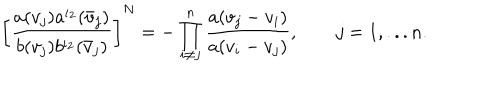
\left[ \frac { a ( v _ { j } ) a ^ { \iota _ { 2 } } ( \bar { v } _ { j } ) } { b ( v _ { j } ) b ^ { \iota _ { 2 } } ( \bar { v } _ { j } ) } \right] ^ { N } = - \prod _ { i \neq j } ^ { n } \frac { a ( v _ { j } - v _ { i } ) } { a ( v _ { i } - v _ { j } ) } , \qquad j = 1 , . . . n .